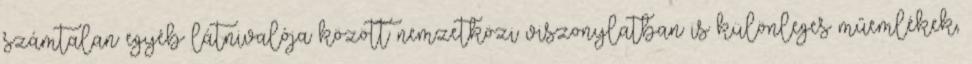
számtalan egyéb látnivalója között nemzetközi viszonylatban is különleges műemlékek,